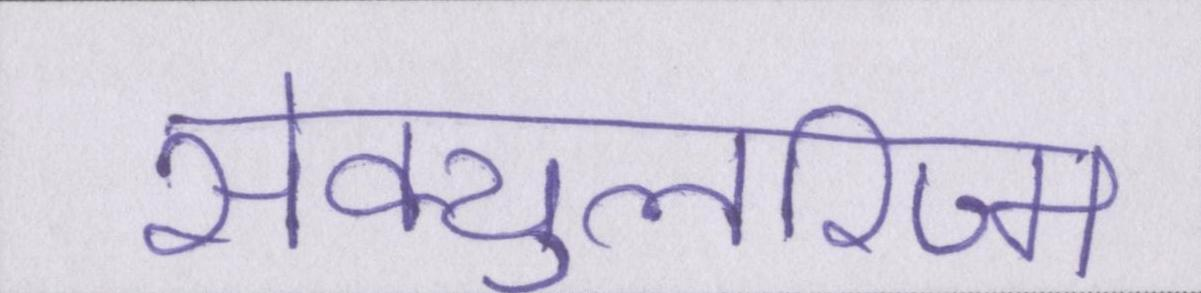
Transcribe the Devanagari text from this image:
सेक्युलरिज्म